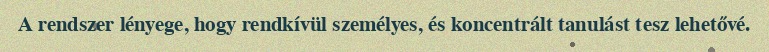
A rendszer lényege, hogy rendkívül személyes, és koncentrált tanulást tesz lehetővé.